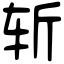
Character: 斩